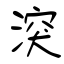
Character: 湥